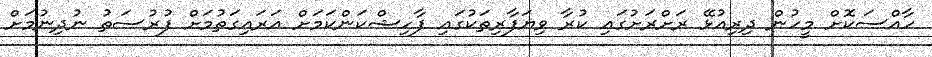
ހާއްސަކޮށް މީހުން ދިރިއުޅޭ ރަށްރަށުގައި ކުރާ ވިޔަފާރިތަކުގައި ފާހިޝްކަންކަމަށް އަރައިގަތުމަށް ފުރުސަތު ނުދިނުމަށް